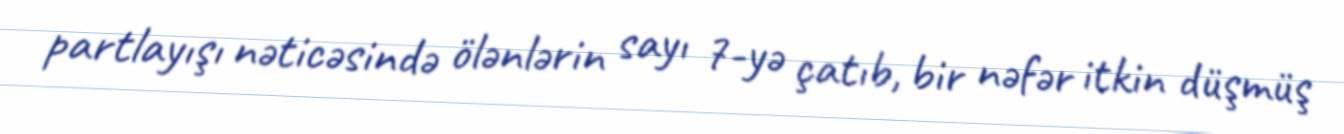
partlayışı nəticəsində ölənlərin sayı 7-yə çatıb, bir nəfər itkin düşmüş